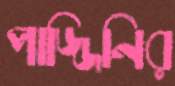
পাজ্জিনির